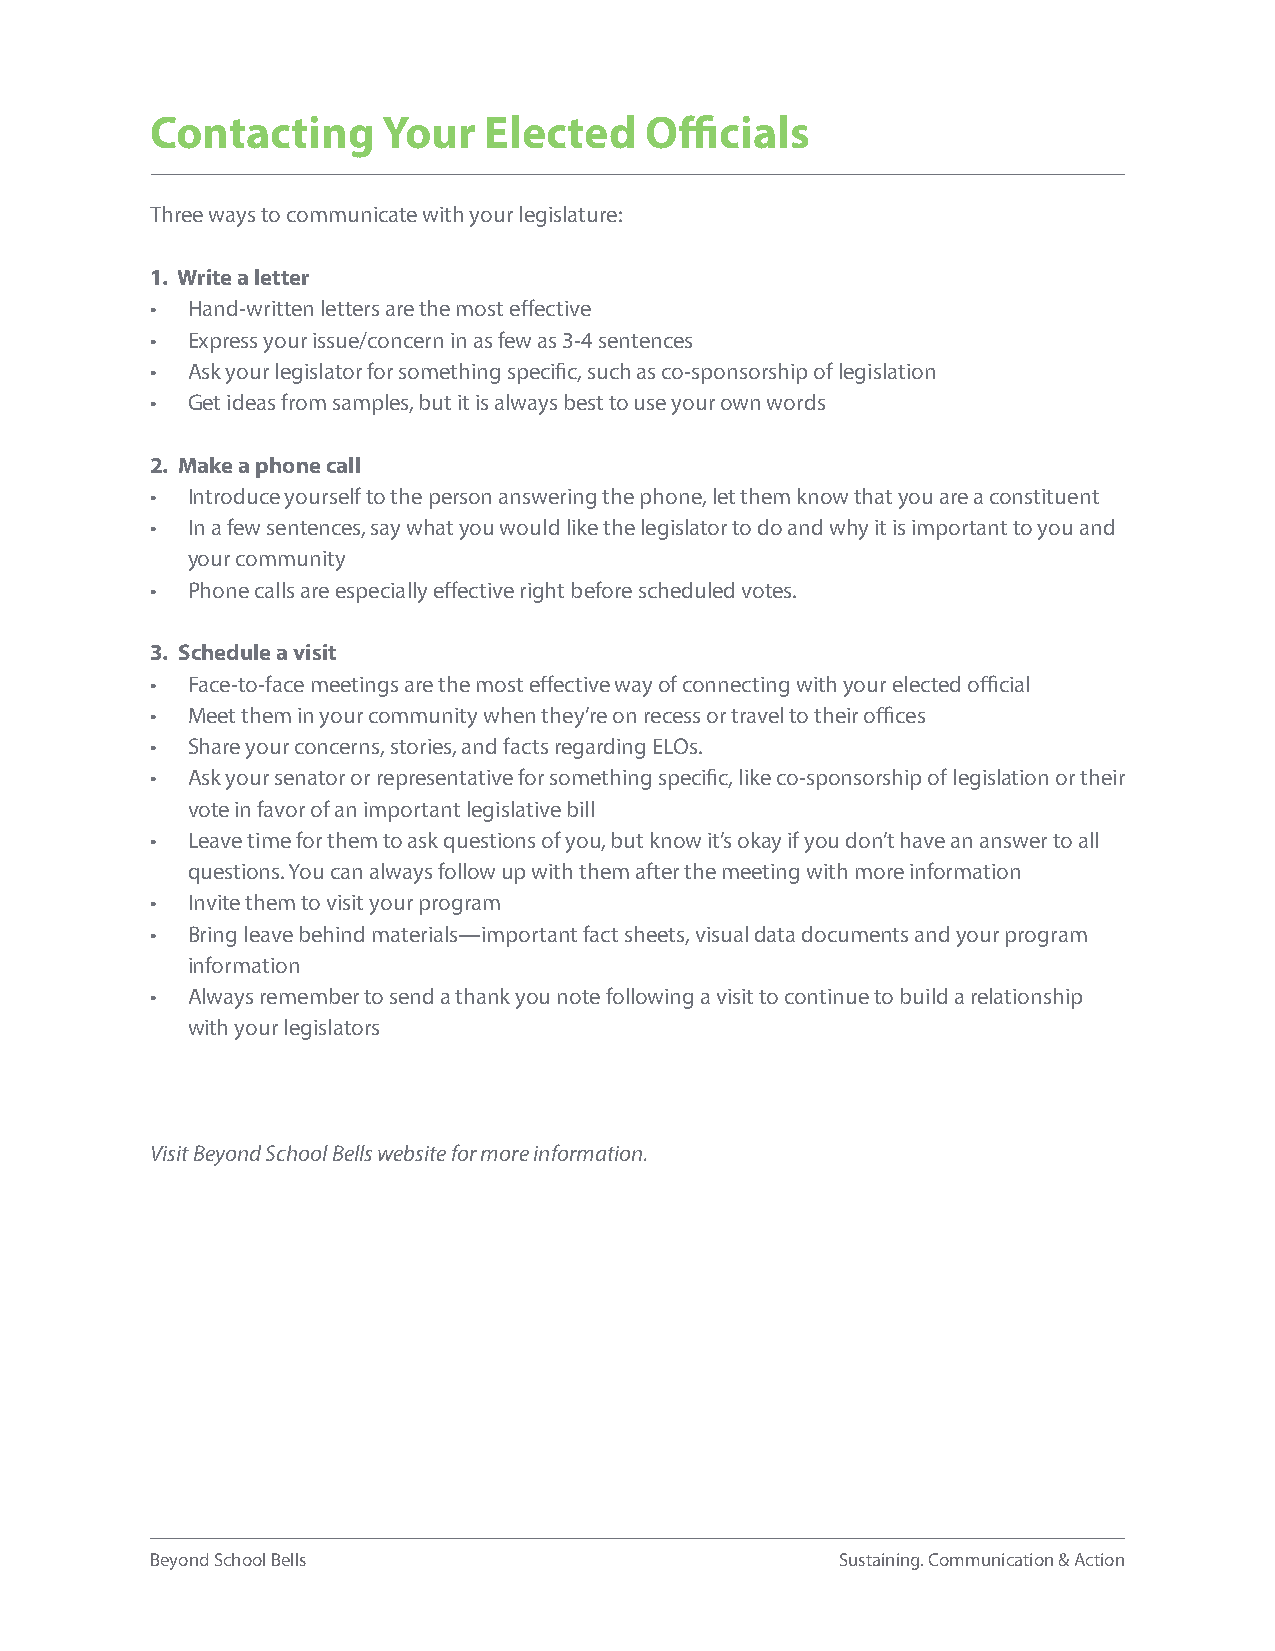
Contacting     Your   Elected    Officials
 Three ways to communicate with your legislature:
 1. Write a letter
 • Hand-written letters are the most effective
 • Express your issue/concern in as few as 3-4 sentences
 • Ask your legislator for something specific, such as co-sponsorship of legislation
 • Get ideas from samples, but it is always best to use your own words
 2. Make a phone call
 • Introduce yourself to the person answering the phone, let them know that you are a constituent
 • In a few sentences, say what you would like the legislator to do and why it is important to you and
 your community
 • Phone calls are especially effective right before scheduled votes.
 3. Schedule a visit
 • Face-to-face meetings are the most effective way of connecting with your elected official
 • Meet them in your community when they’re on recess or travel to their offices
 • Share your concerns, stories, and facts regarding ELOs.
 • Ask your senator or representative for something specific, like co-sponsorship of legislation or their
 vote in favor of an important legislative bill
 • Leave time for them to ask questions of you, but know it’s okay if you don’t have an answer to all
 questions. You can always follow up with them after the meeting with more information
 • Invite them to visit your program
 • Bring leave behind materials—important fact sheets, visual data documents and your program
 information
 • Always remember to send a thank you note following a visit to continue to build a relationship
 with your legislators
 Visit Beyond School Bells website for more information.
 Beyond School Bells                           Sustaining. Communication & Action